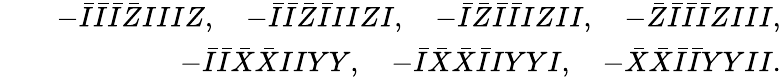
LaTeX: \begin{array}{rlr}&{}&{-\bar{I}\bar{I}\bar{I}\bar{Z}IIIZ,\quad-\bar{I}\bar{I}\bar{Z}\bar{I}IIZI,\quad-\bar{I}\bar{Z}\bar{I}\bar{I}IZII,\quad-\bar{Z}\bar{I}\bar{I}\bar{I}ZIII,}\\ &{}&{-\bar{I}\bar{I}\bar{X}\bar{X}IIYY,\quad-\bar{I}\bar{X}\bar{X}\bar{I}IYYI,\quad-\bar{X}\bar{X}\bar{I}\bar{I}YYII.}\end{array}